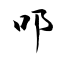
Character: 叩